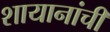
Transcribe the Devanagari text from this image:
शायानांची